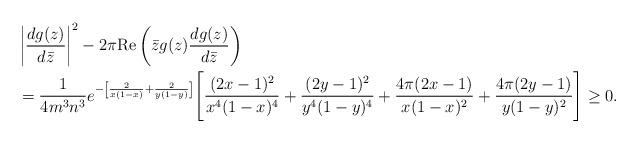
LaTeX: \begin{align*} & \left|\frac{dg(z)}{d\bar{z}} \right|^2 - 2\pi\mathrm{Re} \left(\bar{z} g(z)\frac{dg(z)}{d\bar{z}} \right) \\&= \frac{1}{4m^3 n^3}e^{-\left[ \frac{2}{x(1-x)} +\frac{2}{y(1-y)} \right]} \Bigg{[}\frac{(2x-1)^2}{x^4(1-x)^4} + \frac{(2y-1)^2}{y^4(1-y)^4} +\frac{4\pi(2x-1)}{x(1-x)^2} +\frac{4\pi(2y-1)}{y(1-y)^2}\Bigg{]} \geq 0.\end{align*}